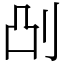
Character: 𫥷